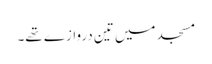
مسجد میں تین دروازے تھے۔